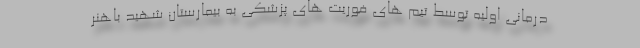
درمانی اولیه توسط تیم های فوریت های پزشکی به بیمارستان شهید باهنر